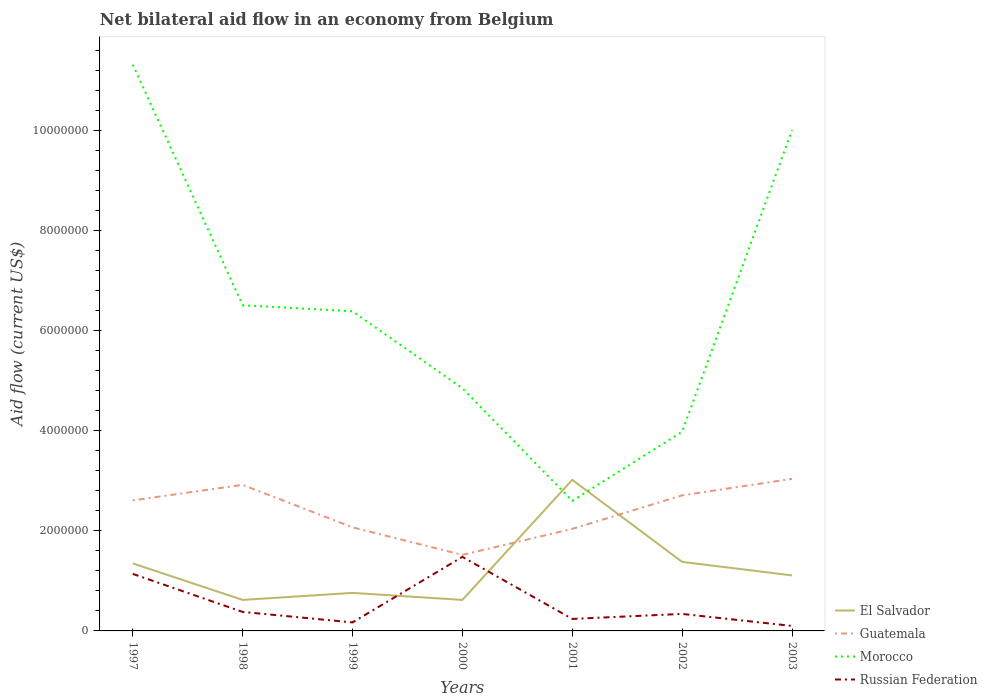
| Years | El Salvador | Guatemala | Morocco | Russian Federation |
 | --- | --- | --- | --- | --- |
 | 1997 | 1.35e+06 | 2.61e+06 | 1.13e+07 | 1.14e+06 |
 | 1998 | 6.2e+05 | 2.92e+06 | 6.51e+06 | 3.8e+05 |
 | 1999 | 7.6e+05 | 2.07e+06 | 6.39e+06 | 1.7e+05 |
 | 2000 | 6.2e+05 | 1.52e+06 | 4.85e+06 | 1.48e+06 |
 | 2001 | 3.02e+06 | 2.04e+06 | 2.6e+06 | 2.4e+05 |
 | 2002 | 1.38e+06 | 2.71e+06 | 3.98e+06 | 3.4e+05 |
 | 2003 | 1.11e+06 | 3.04e+06 | 1e+07 | 1e+05 |